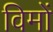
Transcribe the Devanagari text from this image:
विमों